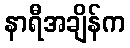
နာရီအချိန်က